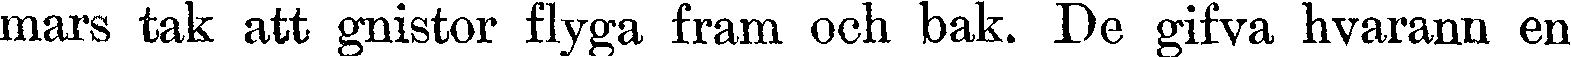
mars tak att gnistor flyga fram och bak. De gifva hvarann en